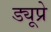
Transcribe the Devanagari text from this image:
ड्यूप्रे